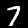
Label: 7